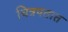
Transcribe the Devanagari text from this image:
चित्रपतात